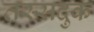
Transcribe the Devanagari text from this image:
तस्सदुक